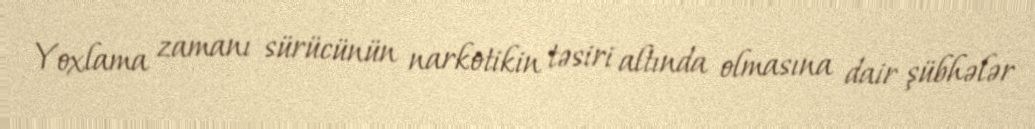
Yoxlama zamanı sürücünün narkotikin təsiri altında olmasına dair şübhələr